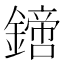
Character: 𨬙